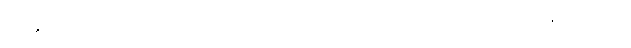
စွမ်းနိုင်ခြင်းသည်။ ကုသလံ၊ ကောင်း၏။ နောစေ သက္ကောတိ၊ အကယ်၍ မစွမ်းနိုင်အံ့။ (ဧဝံ